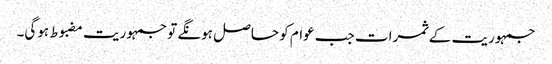
جمہوریت کے ثمرات جب عوام کو حاصل ہونگے تو جمہوریت مضبوط ہوگی۔